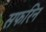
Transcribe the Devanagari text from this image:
सफरिन